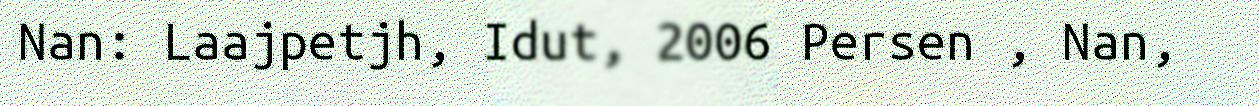
Nan: Laajpetjh, Idut, 2006 Persen , Nan,